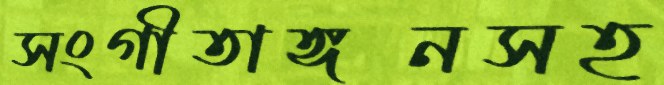
সংগীতাঙ্গনসহ